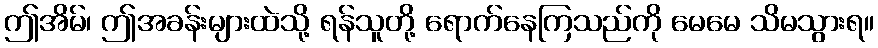
ဤအိမ်၊ ဤအခန်းများထဲသို့ ရန်သူတို့ ရောက်နေကြသည်ကို မေမေ သိမသွားရ။